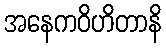
အနေကဝိဟိတာနိ